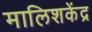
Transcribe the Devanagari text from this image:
मालिशकेंद्र